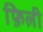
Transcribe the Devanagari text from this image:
फ़िली